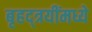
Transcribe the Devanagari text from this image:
बृहद्त्रयींमध्ये